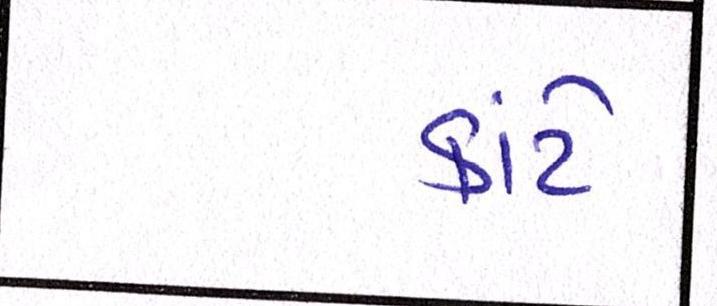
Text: કાંટે